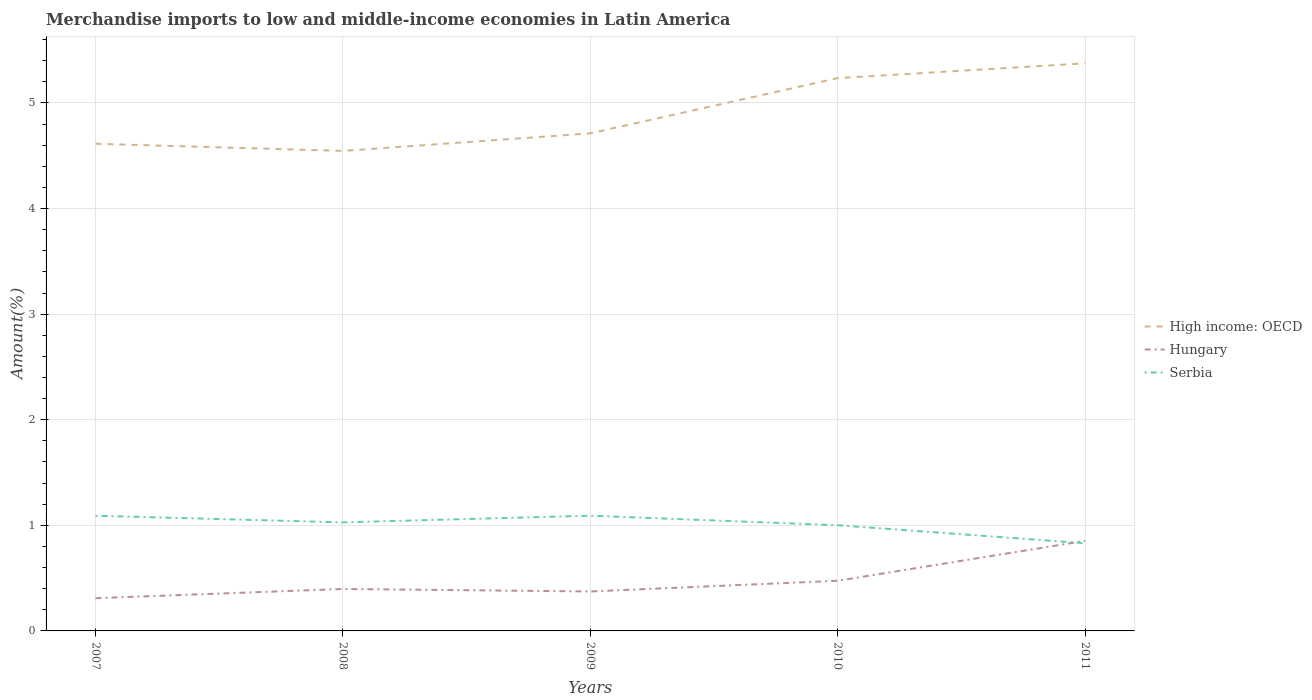
| Years | High income: OECD | Hungary | Serbia |
 | --- | --- | --- | --- |
 | 2007 | 4.61 | 0.31 | 1.09 |
 | 2008 | 4.55 | 0.397 | 1.03 |
 | 2009 | 4.71 | 0.374 | 1.09 |
 | 2010 | 5.24 | 0.475 | 1 |
 | 2011 | 5.38 | 0.853 | 0.83 |